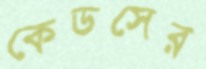
কেডসের